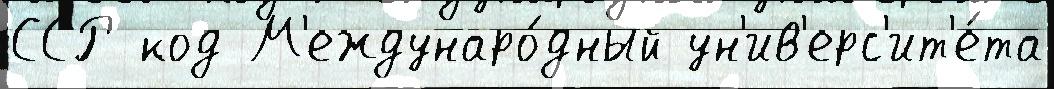
ССР код М'еждунаро́дный ун'ив'ерс'ит'е́та